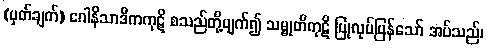
(မှတ်ချက်) ဂေါနိသာဒိကကုဋိ စသည်တို့ပျက်၍ သမ္မုတိကုဋိ ပြုလုပ်ပြန်သော် အပ်သည်၊